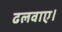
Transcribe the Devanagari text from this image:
ढलवाए।